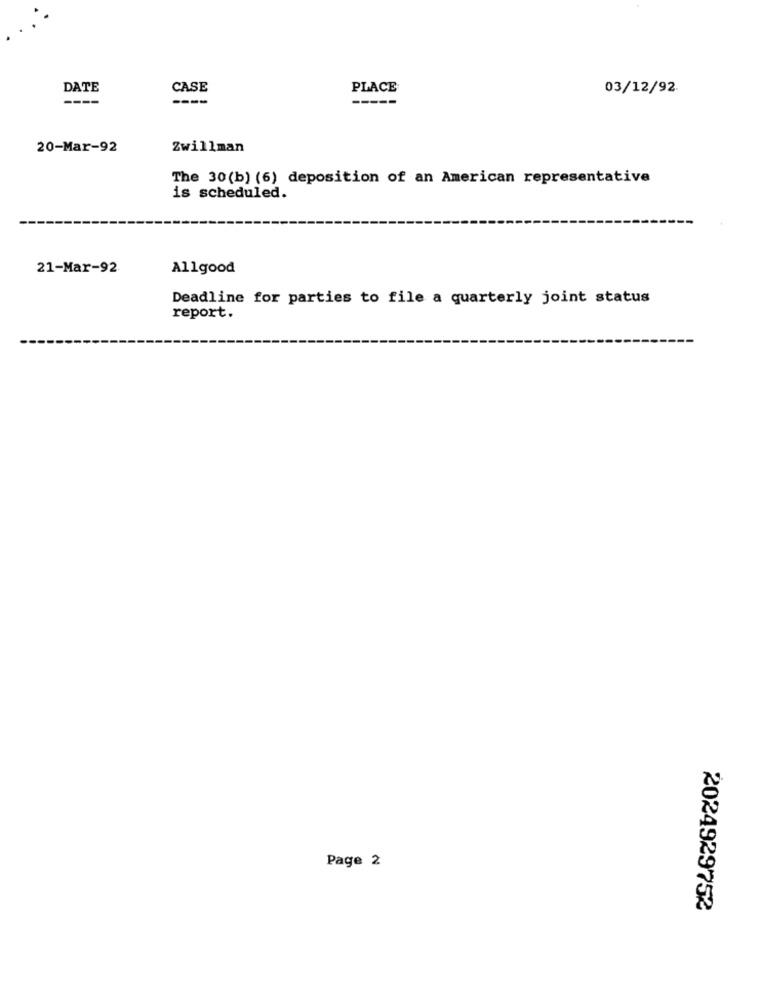
DATE
CASE
PLACE
03/12/92
---
----
20-Mar-92
Zwillman
The 30(b) (6) deposition of an American representative
is scheduled.
21-Mar-92
Allgood
Deadline for parties to file a quarterly joint status
report.
Page 2
2024929752